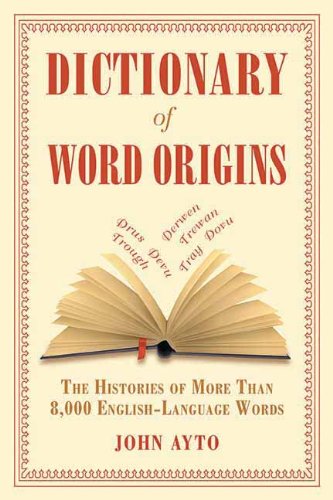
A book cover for Dictionary of Word Origins: The Histories of More Than 8,000 English-Language Words; John Ayto; Reference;